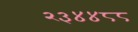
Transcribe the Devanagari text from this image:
२३४४८८